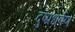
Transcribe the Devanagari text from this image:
दुष्प्रधर्षण